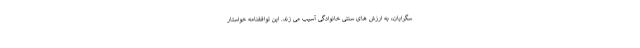
سگرایان، به ارزش های سنتی خانوادگی آسیب می زند. این توافقنامه خواستار